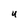
Character: U